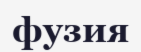
фузия